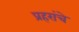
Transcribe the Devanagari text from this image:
प्रहरांचे